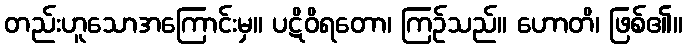
တည်းဟူသောအကြောင်းမှ။ ပဋိဝိရတော၊ ကြဉ်သည်။ ဟောတိ၊ ဖြစ်၏။